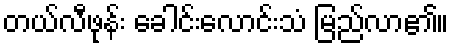
တယ်လီဖုန်း ခေါင်းလောင်းသံ မြည်လာ၏။